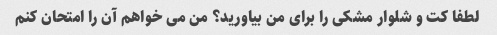
لطفا کت و شلوار مشکی را برای من بیاورید؟ من می خواهم آن را امتحان کنم